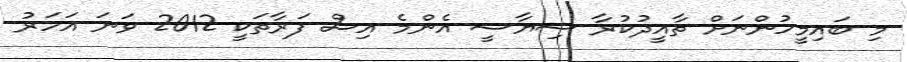
މި ބައިމީހުންނަށް ތާއީދުކުރާ ސިޔާސީ އެންމެ އިސް ފަރާތަކީ 2012 ވަނަ އަހަރު